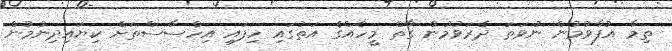
ތިމާ އުފާވުމުން ނުވަތަ ދެރަވުމުން ގާތް މީހެއްގެ އަތުގައި ހިފައި އިހްސާސްތަށް ކިޔައިދިނުމުން